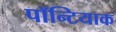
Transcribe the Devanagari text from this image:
पॉन्टियाक